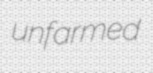
unfarmed